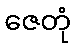
ဇေတုံ